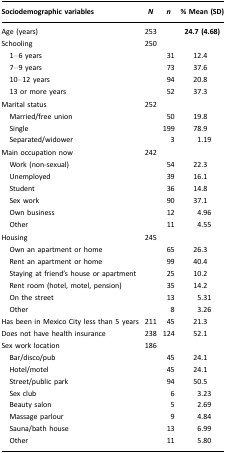
<table><thead><tr><td><b>Sociodemographic variables</b></td><td><b><i>N</i></b></td><td><b><i>n</i></b></td><td><b>% Mean (SD)</b></td></tr></thead><tbody><tr><td>Age (years)</td><td>253</td><td></td><td><b>24.7 (4.68)</b></td></tr><tr><td>Schooling</td><td>250</td><td></td><td></td></tr><tr><td> 1–6 years</td><td></td><td>31</td><td>12.4</td></tr><tr><td> 7–9 years</td><td></td><td>73</td><td>37.6</td></tr><tr><td> 10–12 years</td><td></td><td>94</td><td>20.8</td></tr><tr><td> 13 or more years</td><td></td><td>52</td><td>37.3</td></tr><tr><td>Marital status</td><td>252</td><td></td><td></td></tr><tr><td> Married/free union</td><td></td><td>50</td><td>19.8</td></tr><tr><td> Single</td><td></td><td>199</td><td>78.9</td></tr><tr><td> Separated/widower</td><td></td><td>3</td><td>1.19</td></tr><tr><td>Main occupation now</td><td>242</td><td></td><td></td></tr><tr><td> Work (non-sexual)</td><td></td><td>54</td><td>22.3</td></tr><tr><td> Unemployed</td><td></td><td>39</td><td>16.1</td></tr><tr><td> Student</td><td></td><td>36</td><td>14.8</td></tr><tr><td> Sex work</td><td></td><td>90</td><td>37.1</td></tr><tr><td> Own business</td><td></td><td>12</td><td>4.96</td></tr><tr><td> Other</td><td></td><td>11</td><td>4.55</td></tr><tr><td>Housing</td><td>245</td><td></td><td></td></tr><tr><td> Own an apartment or home</td><td></td><td>65</td><td>26.3</td></tr><tr><td> Rent an apartment or home</td><td></td><td>99</td><td>40.4</td></tr><tr><td> Staying at friend&#x27;s house or apartment</td><td></td><td>25</td><td>10.2</td></tr><tr><td> Rent room (hotel, motel, pension)</td><td></td><td>35</td><td>14.2</td></tr><tr><td> On the street</td><td></td><td>13</td><td>5.31</td></tr><tr><td> Other</td><td></td><td>8</td><td>3.26</td></tr><tr><td>Has been in Mexico City less than 5 years</td><td>211</td><td>45</td><td>21.3</td></tr><tr><td>Does not have health insurance</td><td>238</td><td>124</td><td>52.1</td></tr><tr><td>Sex work location</td><td>186</td><td></td><td></td></tr><tr><td> Bar/disco/pub</td><td></td><td>45</td><td>24.1</td></tr><tr><td> Hotel/motel</td><td></td><td>45</td><td>24.1</td></tr><tr><td> Street/public park</td><td></td><td>94</td><td>50.5</td></tr><tr><td> Sex club</td><td></td><td>6</td><td>3.23</td></tr><tr><td> Beauty salon</td><td></td><td>5</td><td>2.69</td></tr><tr><td> Massage parlour</td><td></td><td>9</td><td>4.84</td></tr><tr><td> Sauna/bath house</td><td></td><td>13</td><td>6.99</td></tr><tr><td> Other</td><td></td><td>11</td><td>5.80</td></tr></tbody></table>